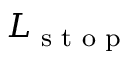
L _ { \textrm { s t o p } }